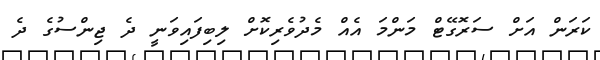
ކަރަން އަށް ސަރޮގޭޓް މަންމަ އެއް މެދުވެރިކޮށް ލިބިފައިވަނީ ދެ ޖިންސުގެ ދެ